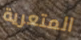
المتعرية